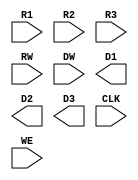
module Microwatt_FP_DFFRFile (
`ifdef USE_POWER_PINS
    inout VPWR,
    inout VGND,
`endif
    input [6:0]   R1, R2, R3, RW,
    input [63:0]  DW,
    output [63:0] D1, D2, D3,
    input CLK,
    input WE
);

endmodule